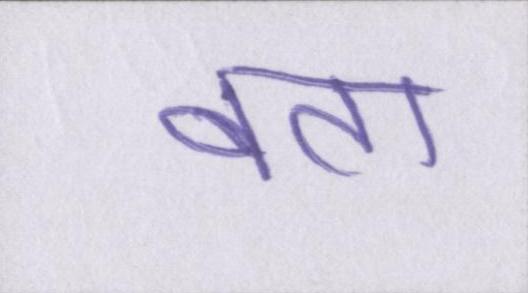
बता